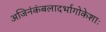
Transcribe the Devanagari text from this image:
अजिनंकंबलादर्भागोकेशाः